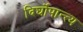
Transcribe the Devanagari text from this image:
दिर्घोपान्त्य